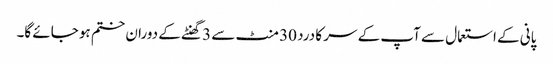
پانی کے استعمال سے آپ کے سر کا درد 30 منٹ سے 3 گھنٹے کے دوران ختم ہو جائے گا۔